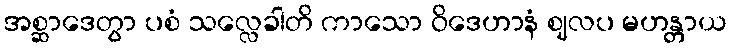
အစ္ဆာဒေတွာ ပစံ သလ္လေခါတိ ကာသော ဝိဒေဟာနံ ဈလပ မဟန္တာယ